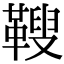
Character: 𩌅